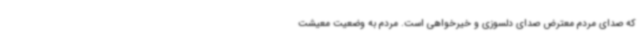
که صدای مردم معترض صدای دلسوزی و خیرخواهی است. مردم به وضعیت معیشت